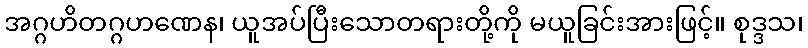
အဂ္ဂဟိတဂ္ဂဟဏေန၊ ယူအပ်ပြီးသောတရားတို့ကို မယူခြင်းအားဖြင့်။ စုဒ္ဒသ၊